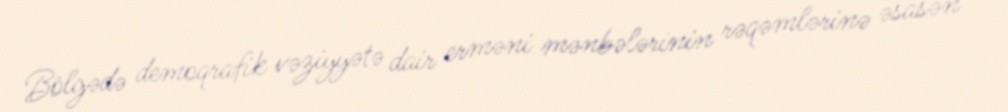
Bölgədə demoqrafik vəziyyətə dair erməni mənbələrinin rəqəmlərinə əsasən